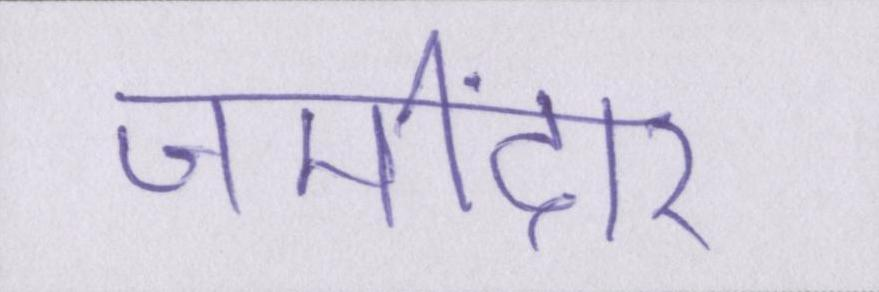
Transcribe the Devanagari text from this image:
जमींदार